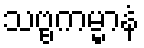
သဗ္ဗကမ္မာနံ